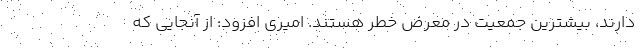
دارند، بیشترین جمعیت در معرض خطر هستند. امیری افزود: از آنجایی که